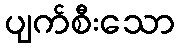
ပျက်စီးသော